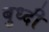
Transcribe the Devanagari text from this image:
बुध्‍दी